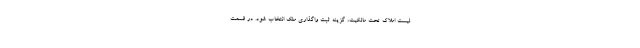
لیست املاک تحت مالکیت، گزینه ثبت واگذاری ملک انتخاب شود. در قسمت